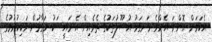
އެކަމަށް އޮންނަ އެންމެ ރަނގަޅު އުސޫލުތަކުގެ ތެރެއިން އެ ރައީސަކު މަގާމުން ވަކިކުރުމުގެ